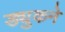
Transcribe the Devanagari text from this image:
ड्युकने